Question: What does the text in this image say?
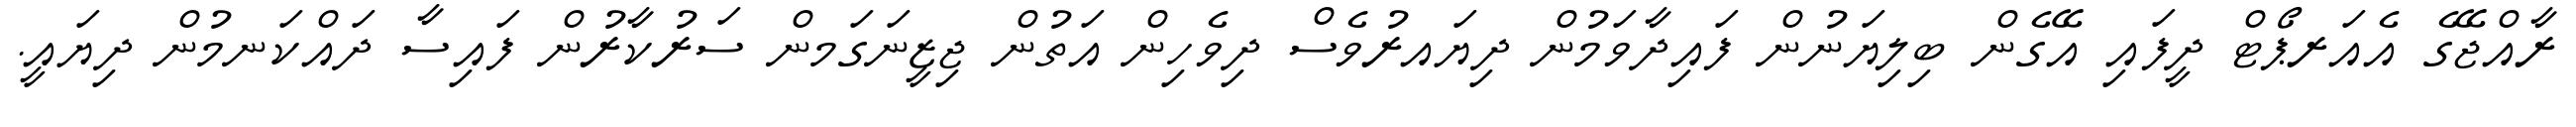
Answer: ރާއްޖޭގެ އެއަރޕޯޓް ދީފައި އޭގެން ބިލިޔަނުން ފައިދާވަމުން ދިޔައރުވެސް ދިވެހިން އަތުން ޖިޒީނަގަމން ސަރުކާރުން ފައިސާ ދައްކަނމުން ދިޔައީ.